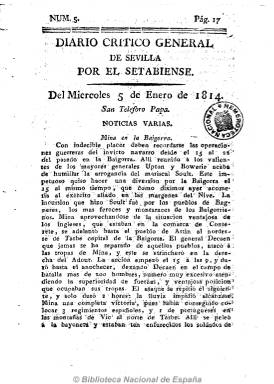
Título: Diario crítico general de Sevilla
Otros títulos: Diario extraordinario crítico-general de Sevilla
Colección: Periódicos anteriores a 1850
Ámbito geográfico: Sevilla
Lugar de publicación: Sevilla
Fechas: 05/01/1814-30/03/1815

Es continuación de Diario crítico de Sevilla, que a un mes de su aparición en 1813 adopta en septiembre de este año este título. Sigue siendo editado por el Setabiense, el polémico escritor nacido en Xátiva que había llegado a Sevilla ese año. El carácter del periódico sigue siendo noticioso, huyendo de los artículos políticos o doctrinales, pero mezclando información y opinión. Comienza con el santoral, para seguir con noticias extranjeras y nacionales, que son redactadas a modo de crónicas y teniendo como fuentes los periódicos y otros papeles (franceses, ingleses, etc.) que llegan a la ciudad a través del correo, que algunas veces extracta y en otras comenta. Publica también algunas noticias locales, avisos, ventas, teatro, bailes, etc. En concreto, las noticias son referentes a la actividad militar y política como consecuencia de las guerras napoleónicas, incluyendo arengas, edictos, proclamas, decretos, cartas, artículos remitidos, etc. Sin duda, Mirtilo Sicuritano, el también polémico Nicolás Tapia (Tap) y Núñez de Rendón, interviene en la redacción de este periódico que, con una estructura parecida al del Diario Juan Verdades, el Setabiense también edita en esta época en la ciudad hispalense. El Diario crítico general de Sevilla será estampado en las imprentas de la calle Vizcaynos, a cargo de Antonio López, y de la viuda de Vázquez y Compañía, pero ya en 1814 sale de la del propio Setabiense, con frecuencia diaria en números de cuatro páginas, publicando algunos suplementos y extraordinarios. El oportunismo del Setabiense, que había llegado a polemizar con Diario patriótico de Sevilla, es patente, ya que seguirá publicando su diario a pesar de la férrea censura impuesta a la prensa tras el regreso de Fernando VII, pues en marzo de 1815 todavía seguía imprimiéndose “con licencia”, ya en imprenta propia. De constitucionalista templado había pasado a ser un servil fernandino, partidario de la Inquisición y las prerrogativas absolutistas, y en su diario dará cuenta de los procesos locales contra afrancesados y liberales.